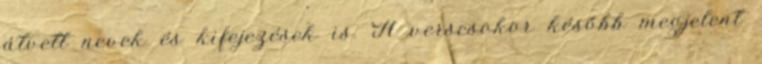
átvett nevek és kifejezések is. A verscsokor később megjelent